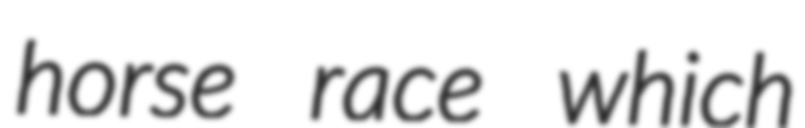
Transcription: horse race which